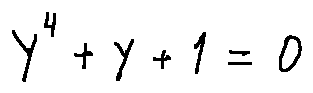
y ^ { 4 } + y + 1 = 0